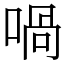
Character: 喎